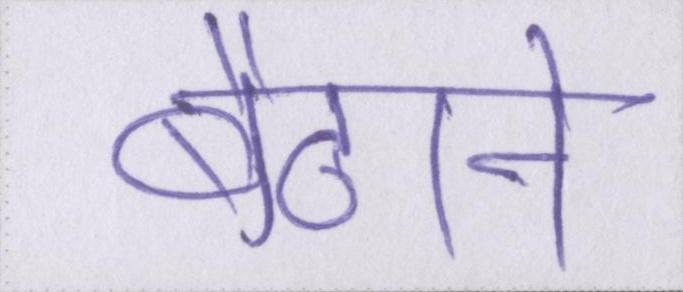
बैठाने